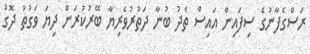
ރަސްގެފާނުގެ ސިފައިން އައިސް ތެދު ބުނާ ދަތުރުވެރިޔާ ބޭރުކުރަން ދިޔަ ވަގުތު ދޮގު